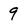
Character: 9